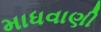
માધવાણી